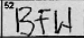
Transcription: BFW